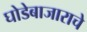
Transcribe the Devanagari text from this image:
घोडेबाजाराचे